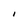
Character: i